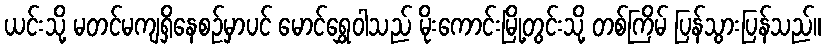
ယင်းသို့ မတင်မကျရှိနေစဉ်မှာပင် မောင်ရွှေဝါသည် မိုးကောင်းမြို့တွင်းသို့ တစ်ကြိမ် ပြန်သွားပြန်သည်။